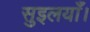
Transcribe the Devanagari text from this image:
सुइलयाँ।